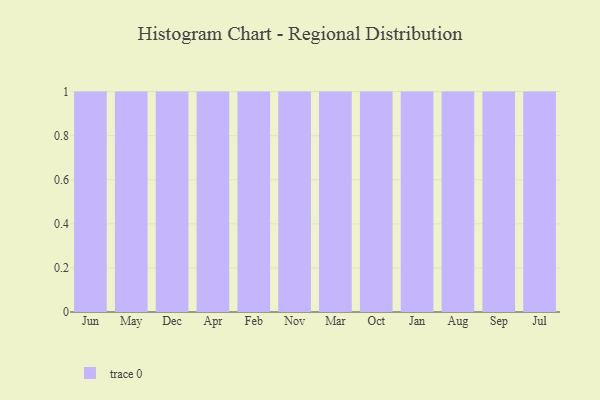
{"axis": {"x": "Month", "y": "Gross Profit (USD K)"}, "legend": [""], "data": [{"x": "Jun", "y": 83, "type": ""}, {"x": "May", "y": 22, "type": ""}, {"x": "Dec", "y": 75, "type": ""}, {"x": "Apr", "y": 19, "type": ""}, {"x": "Feb", "y": 59, "type": ""}, {"x": "Nov", "y": 40, "type": ""}, {"x": "Mar", "y": 63, "type": ""}, {"x": "Oct", "y": 74, "type": ""}, {"x": "Jan", "y": 7, "type": ""}, {"x": "Aug", "y": 91, "type": ""}, {"x": "Sep", "y": 43, "type": ""}, {"x": "Jul", "y": 2, "type": ""}]}